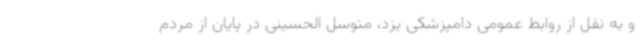
و به نقل از روابط عمومی دامپزشکی یزد، متوسل الحسینی در پایان از مردم